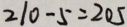
2 1 0 - 5 = 2 0 5